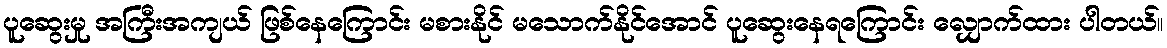
ပူဆွေးမှု အကြီးအကျယ် ဖြစ်နေကြောင်း မစားနိုင် မသောက်နိုင်အောင် ပူဆွေးနေရကြောင်း လျှောက်ထား ပါတယ်။